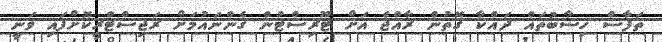
ތަފާސް ހިސާބުތައް ދައްކާ ގޮތުން ރާއްޖެ އަށް ޓޫރިސްޓުން ގެންނައުމަށް ރަޖިސްޓްރީކޮށްފައި ވަނީ